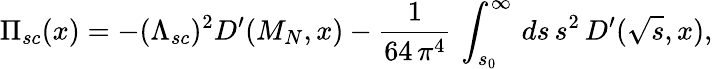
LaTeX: \Pi_{sc}(x)=-(\Lambda_{sc})^{2}D^{\prime}(M_{N},x)-\frac{1}{64\, \pi^{4}}\, \int_{s_{0}}^{\infty}\, ds\, s^{2}\, D^{\prime}(\sqrt{s},x),